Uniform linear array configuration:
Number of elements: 64
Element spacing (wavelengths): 0.5
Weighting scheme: binomial
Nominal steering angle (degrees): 0
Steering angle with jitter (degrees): -0.4777
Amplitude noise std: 0.05
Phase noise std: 0.05

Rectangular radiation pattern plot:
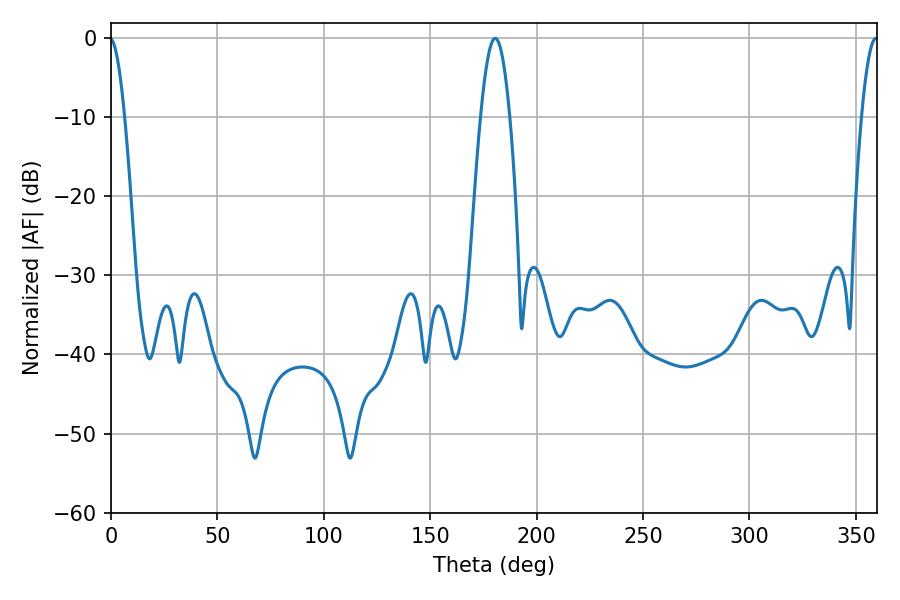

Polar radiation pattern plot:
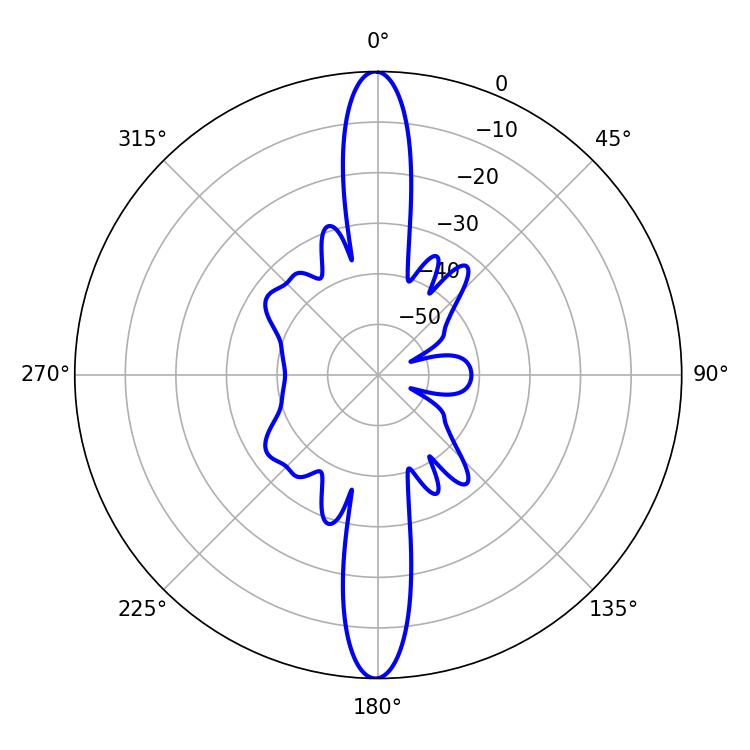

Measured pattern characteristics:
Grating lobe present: FALSE
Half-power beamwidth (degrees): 7.56
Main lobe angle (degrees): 180.54